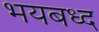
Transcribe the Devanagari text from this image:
भयबध्द